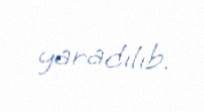
yaradılıb.